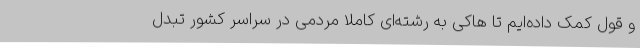
و قول کمک داده‌ایم تا هاکی به رشته‌ای کاملا مردمی در سراسر کشور تبدل